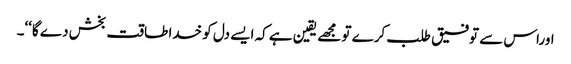
اوراس سے توفیق طلب کرے تو مجھے یقین ہے کہ ایسے دل کو خدا طاقت بخش دے گا‘‘۔